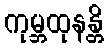
ကုမ္ဘထုနန္တိ